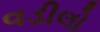
વડીલો